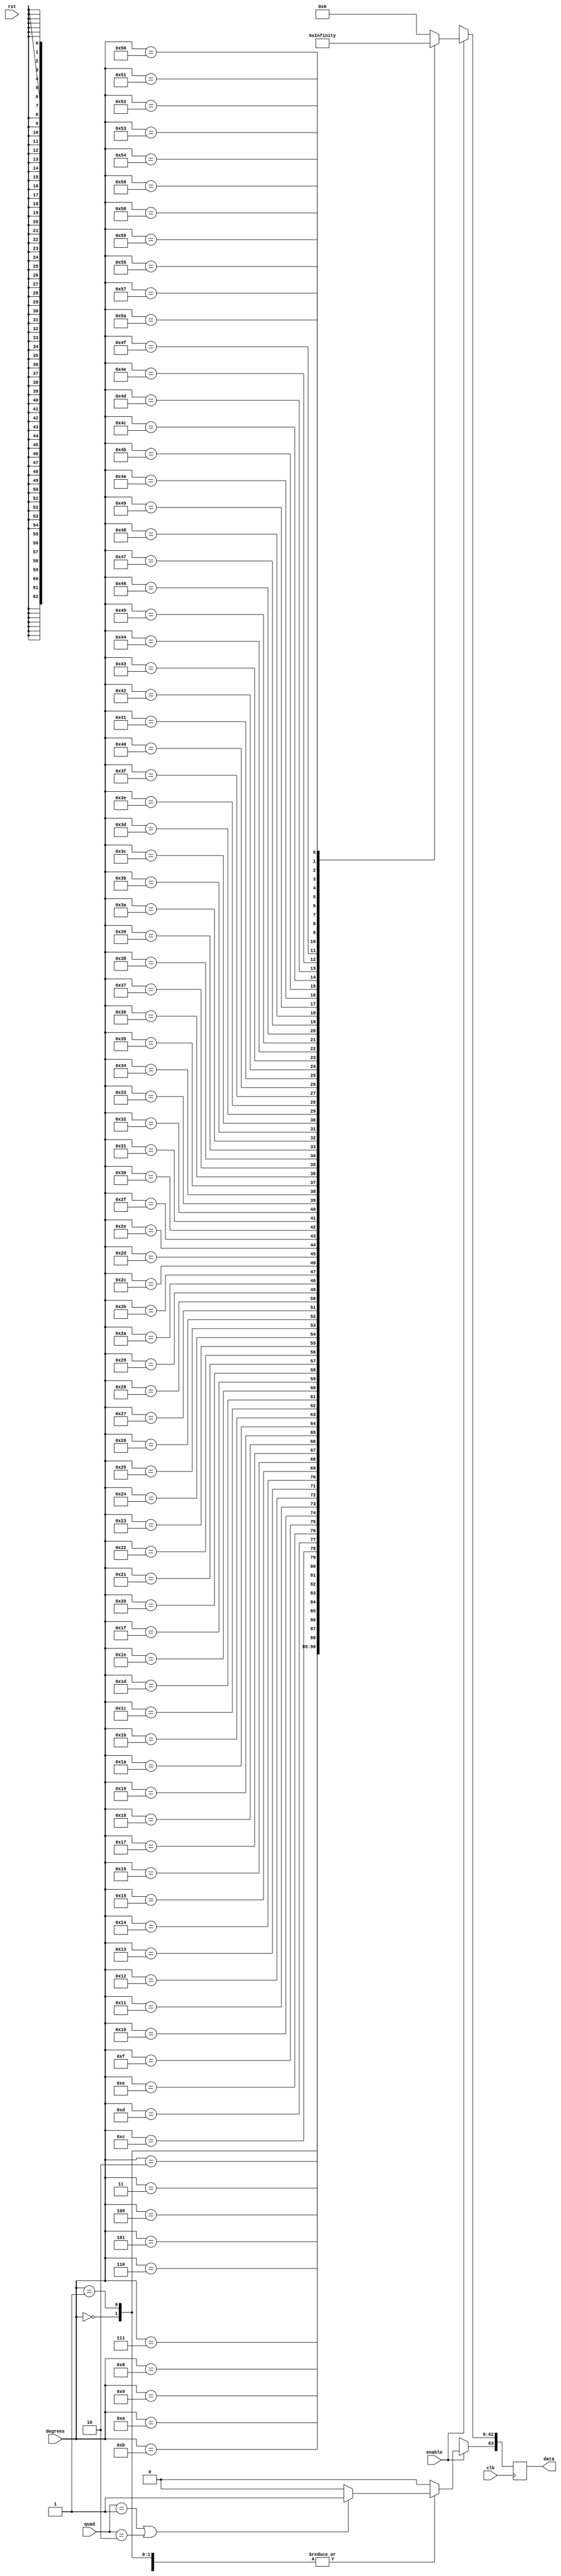
/////////////////////////////////////////////////////////////////////
////                                                             ////
////                                                          ////
////  Trigonometric functions using double precision Floating Point Unit        ////
////                                                             ////
////          muni_aditya@yahoo.com                                ////
////                                                             ////
/////////////////////////////////////////////////////////////////////
////                                                             ////
//// Copyright (C) 2013 Muni Aditya                           ////
////                  muni_aditya@yahoo.com                        ////
////                                                             ////
//// This source file may be used and distributed without        ////
//// restriction provided that this copyright statement is not   ////
//// removed from the file and that any derivative work contains ////
//// the original copyright notice and the associated disclaimer.////
////                                                             ////
////     THIS SOFTWARE IS PROVIDED ``AS IS'' AND WITHOUT ANY     ////
//// EXPRESS OR IMPLIED WARRANTIES, INCLUDING, BUT NOT LIMITED   ////
//// TO, THE IMPLIED WARRANTIES OF MERCHANTABILITY AND FITNESS   ////
//// FOR A PARTICULAR PURPOSE. IN NO EVENT SHALL THE AUTHOR      ////
//// OR CONTRIBUTORS BE LIABLE FOR ANY DIRECT, INDIRECT,         ////
//// INCIDENTAL, SPECIAL, EXEMPLARY, OR CONSEQUENTIAL DAMAGES    ////
//// (INCLUDING, BUT NOT LIMITED TO, PROCUREMENT OF SUBSTITUTE   ////
//// GOODS OR SERVICES; LOSS OF USE, DATA, OR PROFITS; OR        ////
//// BUSINESS INTERRUPTION) HOWEVER CAUSED AND ON ANY THEORY OF  ////
//// LIABILITY, WHETHER IN  CONTRACT, STRICT LIABILITY, OR TORT  ////
//// (INCLUDING NEGLIGENCE OR OTHERWISE) ARISING IN ANY WAY OUT  ////
//// OF THE USE OF THIS SOFTWARE, EVEN IF ADVISED OF THE         ////
//// POSSIBILITY OF SUCH DAMAGE.                                 ////
////                                                             ////
/////////////////////////////////////////////////////////////////////

`timescale 1ns / 100ps

`define INPUT_WIDTH 32

module secant_lut (quad, enable, degrees, data, rst, clk);

input [1:0] quad;
input enable;
input rst;
input [`INPUT_WIDTH-1:0] degrees ;
input clk;

//////////////inputs/////////////////

output reg [63:0] data;

//////////////output/////////////////


always@(posedge clk )

//needs to be positive in first and fourth quadrants

 begin
        if (quad == 2'b01 || quad == 2'b10)
        begin
        data[63] <= 1'b1;
        end

        else
        begin
        data[63] <= 1'b0;
        end

	if(enable)
	case (degrees)

// look up table
	  
`INPUT_WIDTH'd0  : data[62:0] <= 64'h3ff0000000000000;
`INPUT_WIDTH'd1  : data[62:0] <= 64'h3ff0009fba3f7835;
`INPUT_WIDTH'd2  : data[62:0] <= 64'h3ff0027f274d432f;
`INPUT_WIDTH'd3  : data[62:0] <= 64'h3ff0059f0252e0bc;
`INPUT_WIDTH'd4  : data[62:0] <= 64'h3ff00a008406617c;
`INPUT_WIDTH'd5  : data[62:0] <= 64'h3ff00fa563d53203;
`INPUT_WIDTH'd6  : data[62:0] <= 64'h3ff0168fd9895209;
`INPUT_WIDTH'd7  : data[62:0] <= 64'h3ff01ec29f6be927;
`INPUT_WIDTH'd8  : data[62:0] <= 64'h3ff02840f4e91085;
`INPUT_WIDTH'd9  : data[62:0] <= 64'h3ff0330ea1b99998;
`INPUT_WIDTH'd10 : data[62:0] <= 64'h3ff03f2ff9989907;
`INPUT_WIDTH'd11 : data[62:0] <= 64'h3ff04ca9e08b8cb6;
`INPUT_WIDTH'd12 : data[62:0] <= 64'h3ff05b81cfc51885;
`INPUT_WIDTH'd13 : data[62:0] <= 64'h3ff06bbddb2b91b8;
`INPUT_WIDTH'd14 : data[62:0] <= 64'h3ff07d64b78dea34;
`INPUT_WIDTH'd15 : data[62:0] <= 64'h3ff0907dc1930690;
`INPUT_WIDTH'd16 : data[62:0] <= 64'h3ff0a51105712a50;
`INPUT_WIDTH'd17 : data[62:0] <= 64'h3ff0bb27477cf20f;
`INPUT_WIDTH'd18 : data[62:0] <= 64'h3ff0d2ca0da1530d;
`INPUT_WIDTH'd19 : data[62:0] <= 64'h3ff0ec03a9d451e4;
`INPUT_WIDTH'd20 : data[62:0] <= 64'h3ff106df459ea072;
`INPUT_WIDTH'd21 : data[62:0] <= 64'h3ff12368eecf1f68;
`INPUT_WIDTH'd22 : data[62:0] <= 64'h3ff141ada5766662;
`INPUT_WIDTH'd23 : data[62:0] <= 64'h3ff161bb6b4a03f3;
`INPUT_WIDTH'd24 : data[62:0] <= 64'h3ff183a154932d8b;
`INPUT_WIDTH'd25 : data[62:0] <= 64'h3ff1a76f9ad128b7;
`INPUT_WIDTH'd26 : data[62:0] <= 64'h3ff1cd37b13ce9c7;
`INPUT_WIDTH'd27 : data[62:0] <= 64'h3ff1f50c5b61511e;
`INPUT_WIDTH'd28 : data[62:0] <= 64'h3ff21f01c602373c;
`INPUT_WIDTH'd29 : data[62:0] <= 64'h3ff24b2da2943b49;
`INPUT_WIDTH'd30 : data[62:0] <= 64'h3ff279a74590331c;
`INPUT_WIDTH'd31 : data[62:0] <= 64'h3ff2aa87c7f7612a;
`INPUT_WIDTH'd32 : data[62:0] <= 64'h3ff2ddea2c696f6a;
`INPUT_WIDTH'd33 : data[62:0] <= 64'h3ff313eb883ae676;
`INPUT_WIDTH'd34 : data[62:0] <= 64'h3ff34cab310ac280;
`INPUT_WIDTH'd35 : data[62:0] <= 64'h3ff3884aef684af8;
`INPUT_WIDTH'd36 : data[62:0] <= 64'h3ff3c6ef372fe94f;
`INPUT_WIDTH'd37 : data[62:0] <= 64'h3ff408bf665efb99;
`INPUT_WIDTH'd38 : data[62:0] <= 64'h3ff44de60b3c3d86;
`INPUT_WIDTH'd39 : data[62:0] <= 64'h3ff4969132d53891;
`INPUT_WIDTH'd40 : data[62:0] <= 64'h3ff4e2f2c0fa463b;
`INPUT_WIDTH'd41 : data[62:0] <= 64'h3ff53340d31354d4;
`INPUT_WIDTH'd42 : data[62:0] <= 64'h3ff587b62f6162b3;
`INPUT_WIDTH'd43 : data[62:0] <= 64'h3ff5e092c2857578;
`INPUT_WIDTH'd44 : data[62:0] <= 64'h3ff63e1c2d781ad9;
`INPUT_WIDTH'd45 : data[62:0] <= 64'h3ff6a09e667f3bcc;
`INPUT_WIDTH'd46 : data[62:0] <= 64'h3ff7086c7026f77d;
`INPUT_WIDTH'd47 : data[62:0] <= 64'h3ff775e129d20b11;
`INPUT_WIDTH'd48 : data[62:0] <= 64'h3ff7e9603e24eb24;
`INPUT_WIDTH'd49 : data[62:0] <= 64'h3ff863573463a808;
`INPUT_WIDTH'd50 : data[62:0] <= 64'h3ff8e43eaadf9333;
`INPUT_WIDTH'd51 : data[62:0] <= 64'h3ff96c9bc1d2abfe;
`INPUT_WIDTH'd52 : data[62:0] <= 64'h3ff9fd01bf93f3a3;
`INPUT_WIDTH'd53 : data[62:0] <= 64'h3ffa9613f8fd7861;
`INPUT_WIDTH'd54 : data[62:0] <= 64'h3ffb38880b4603e4;
`INPUT_WIDTH'd55 : data[62:0] <= 64'h3ffbe52877982345;
`INPUT_WIDTH'd56 : data[62:0] <= 64'h3ffc9cd7b485648a;
`INPUT_WIDTH'd57 : data[62:0] <= 64'h3ffd6093ce555fa5;
`INPUT_WIDTH'd58 : data[62:0] <= 64'h3ffe317ab5700fce;
`INPUT_WIDTH'd59 : data[62:0] <= 64'h3fff10cf62336e2d;
`INPUT_WIDTH'd60 : data[62:0] <= 64'h3ffffffffffffffe;
`INPUT_WIDTH'd61 : data[62:0] <= 64'h40008056af82561c;
`INPUT_WIDTH'd62 : data[62:0] <= 64'h40010a59ff3c94be;
`INPUT_WIDTH'd63 : data[62:0] <= 64'h40019f1b8c9526ef;
`INPUT_WIDTH'd64 : data[62:0] <= 64'h40023fd71f682340;
`INPUT_WIDTH'd65 : data[62:0] <= 64'h4002edfb187b1137;
`INPUT_WIDTH'd66 : data[62:0] <= 64'h4003ab32fb93a3a4;
`INPUT_WIDTH'd67 : data[62:0] <= 64'h40047974b96de77f;
`INPUT_WIDTH'd68 : data[62:0] <= 64'h40055b11998752bf;
`INPUT_WIDTH'd69 : data[62:0] <= 64'h400652cbf905707c;
`INPUT_WIDTH'd70 : data[62:0] <= 64'h400763f38fb4cf92;
`INPUT_WIDTH'd71 : data[62:0] <= 64'h4008928aa26c4c06;
`INPUT_WIDTH'd72 : data[62:0] <= 64'h4009e3779b97f4a7;
`INPUT_WIDTH'd73 : data[62:0] <= 64'h400b5cc824ec982d;
`INPUT_WIDTH'd74 : data[62:0] <= 64'h400d060d6ac58d68;
`INPUT_WIDTH'd75 : data[62:0] <= 64'h400ee8dd4748bf16;
`INPUT_WIDTH'd76 : data[62:0] <= 64'h401088c56499f43a;
`INPUT_WIDTH'd77 : data[62:0] <= 64'h4011c819f29be021;
`INPUT_WIDTH'd78 : data[62:0] <= 64'h40133d2b00047f05;
`INPUT_WIDTH'd79 : data[62:0] <= 64'h4014f69f907046fe;
`INPUT_WIDTH'd80 : data[62:0] <= 64'h401708fb2129168b;
`INPUT_WIDTH'd81 : data[62:0] <= 64'h401991df41de341a;
`INPUT_WIDTH'd82 : data[62:0] <= 64'h401cbdbe5febffaf;
`INPUT_WIDTH'd83 : data[62:0] <= 64'h402069387b617567;
`INPUT_WIDTH'd84 : data[62:0] <= 64'h4023222ff85e6006;
`INPUT_WIDTH'd85 : data[62:0] <= 64'h4026f28a8ae3aafa;
`INPUT_WIDTH'd86 : data[62:0] <= 64'h402cabd2100d0374;
`INPUT_WIDTH'd87 : data[62:0] <= 64'h40331b797e990db2;
`INPUT_WIDTH'd88 : data[62:0] <= 64'h403ca7596e271c6c;
`INPUT_WIDTH'd89 : data[62:0] <= 64'h404ca63b6cba7b49;
`INPUT_WIDTH'd90 : data[62:0] <= 64'h7ff0000000000000;


default:data <= 64'h0;

endcase

else 
  data <= 64'hxxxxxxxxxxxxxxx;



end

endmodule